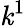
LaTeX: \mathit{k}^{1}